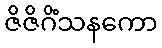
ဇိဇိဂိံသနကော